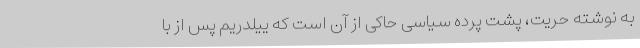
به نوشته حریت، پشت پرده‌ سیاسی حاکی از آن است که ییلدریم پس از با